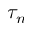
\tau _ { n }